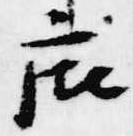
廂